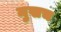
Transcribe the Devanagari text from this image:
मुखच